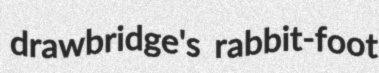
drawbridge's rabbit-foot